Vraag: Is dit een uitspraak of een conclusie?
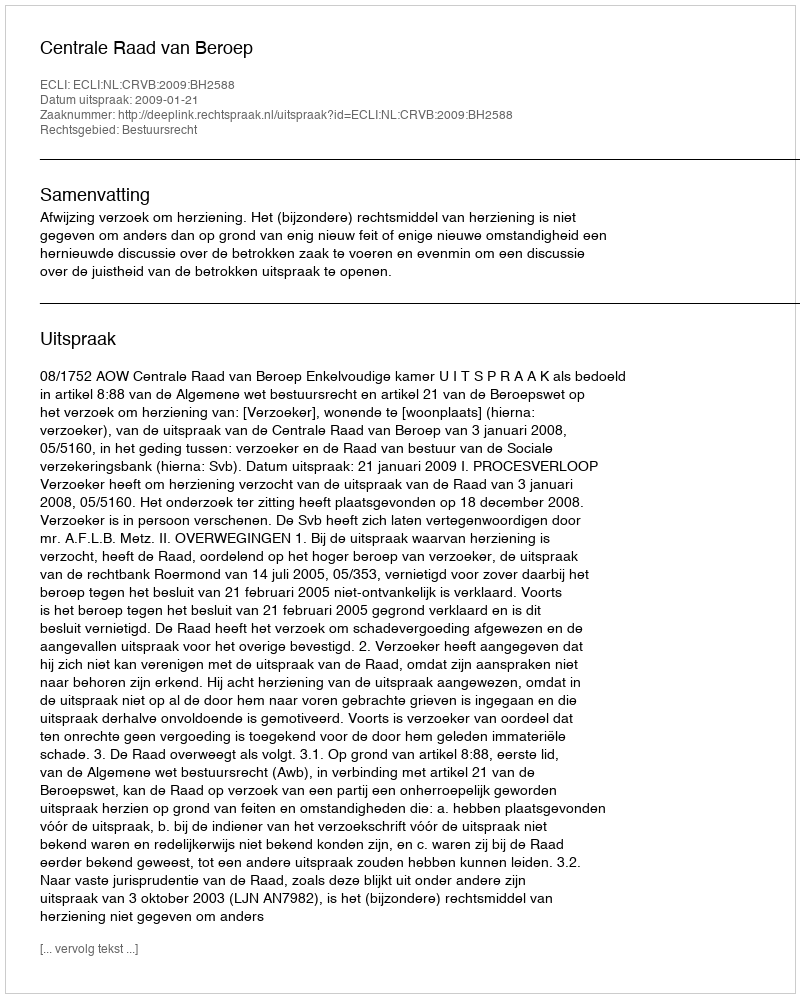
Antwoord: Uitspraak